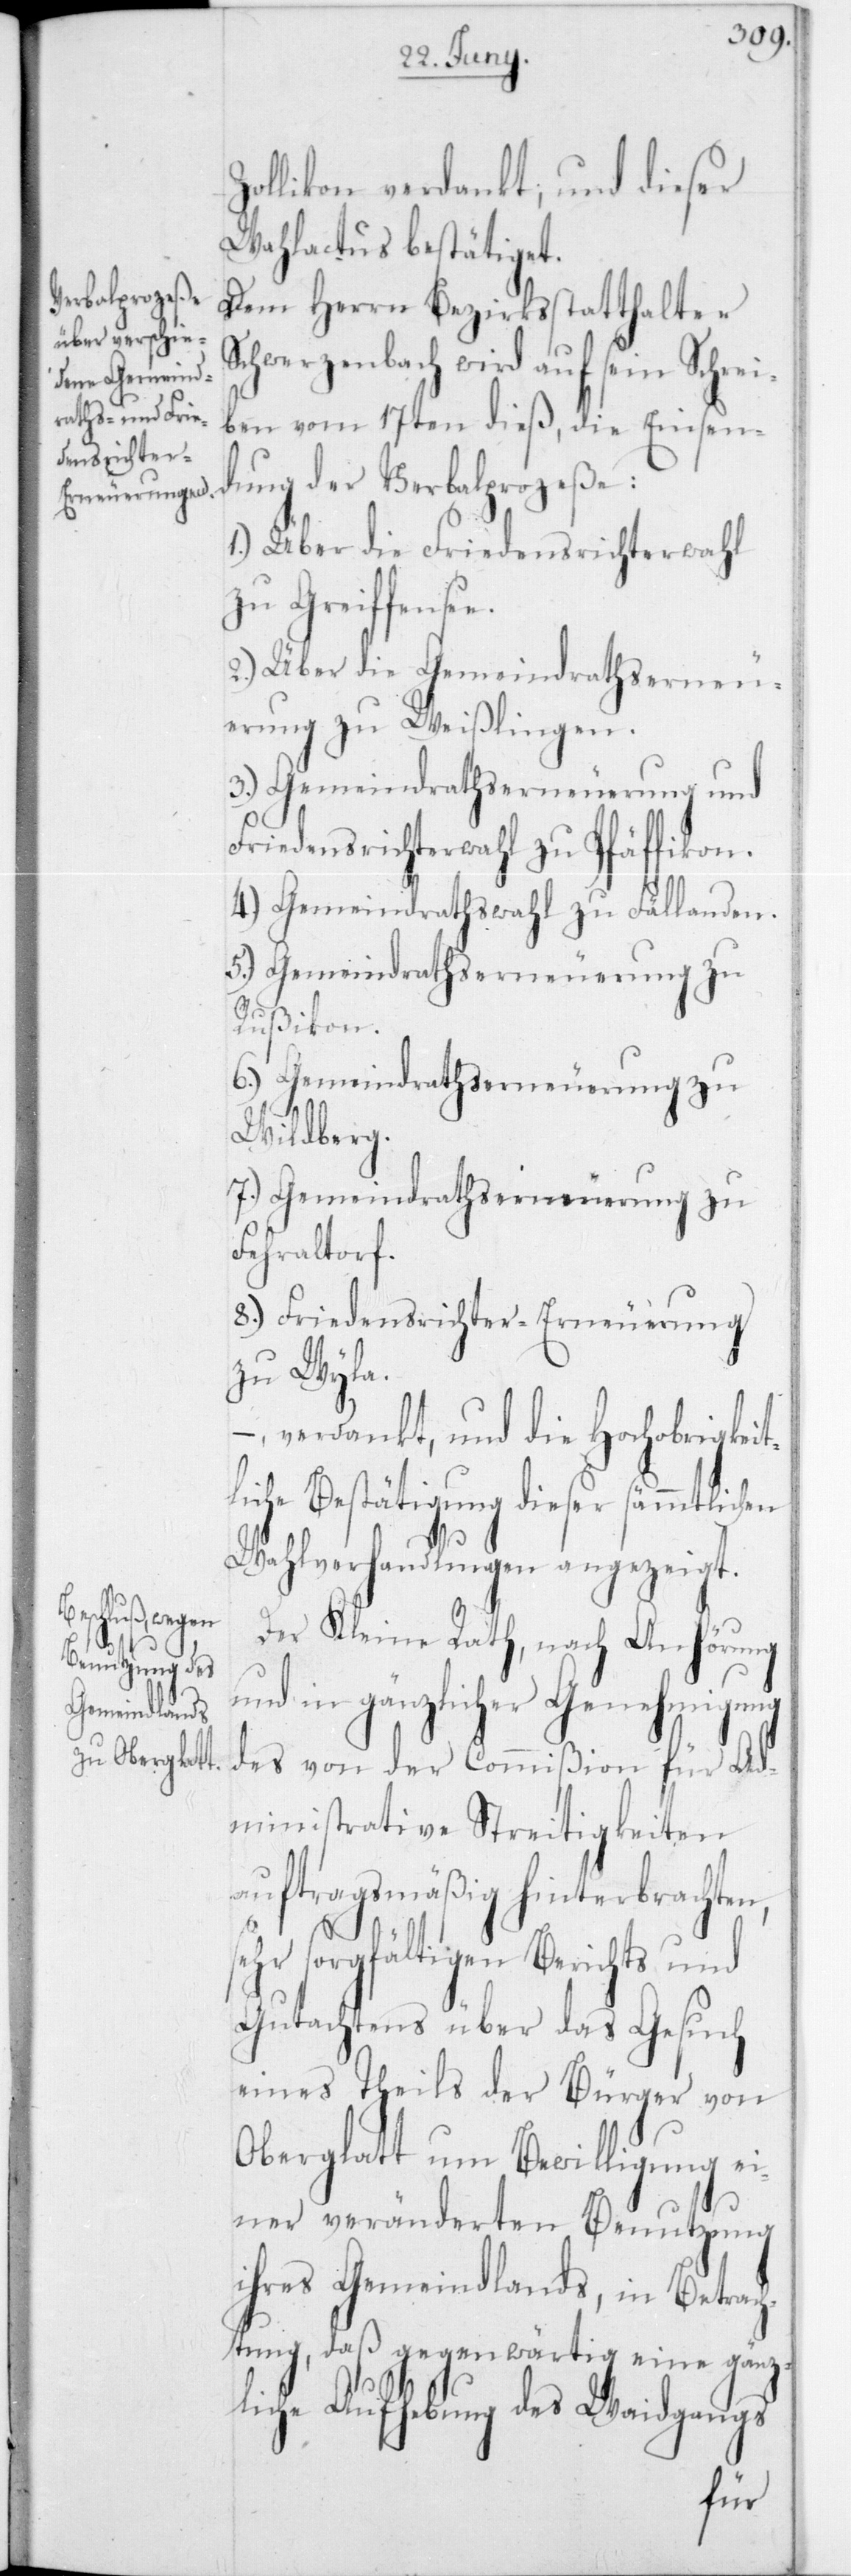
Zollikon verdankt; und dieser
Wahlactus bestätiget.
Dem Herrn Bezirksstatthalter
Schwerzenbach wird auf sein Schrei¬
ben vom 17ten dieß, die Einsen¬
dung der Verbalprozeße:
1.) Über die Friedensrichterwahl
zu Greifensee.
2.) Über die Gemeindrathserneu¬
erung zu Weißlingen.
3.) Gemeindrathserneuerung und
Friedensrichterwahl zu Pfäffikon.
4.) Gemeindrathswahl zu Fällanden.
5.) Gemeindrathserneuerung zu
Rußikon.
6.) Gemeindrathserneuerung zu
Wildberg.
7.) Gemeindrathserneuerung zu
Fehraltorf.
8.) Friedensrichter-Erneuerung
zu Wyla.
–, verdankt, und die Hochobrigkei¬
che Bestätigung dieser
Wahlverhandlungen angezeigt.
Der Kleine Rath, nach Anhörung
und in gänzlicher Genehmigung
des von der Commißion für Ad¬
ministrative Streitigkeiten
auftragsmäßig hinterbrachten,
sehr sorgfältigen Berichts und
Gutachtens über das Gesuch
eines Theils der Bürger von
Oberglatt um Bewilligung ei¬
ner verändereten Benutzung
ihres Gemeindlands, in Betrac¬
htung, daß gegenwärtig eine gänz¬
liche Aufhebung des Weidgangs
tli¬